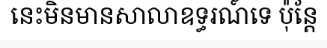
នេះមិនមានសាលាឧទ្ធរណ៍ទេ ប៉ុន្តែ